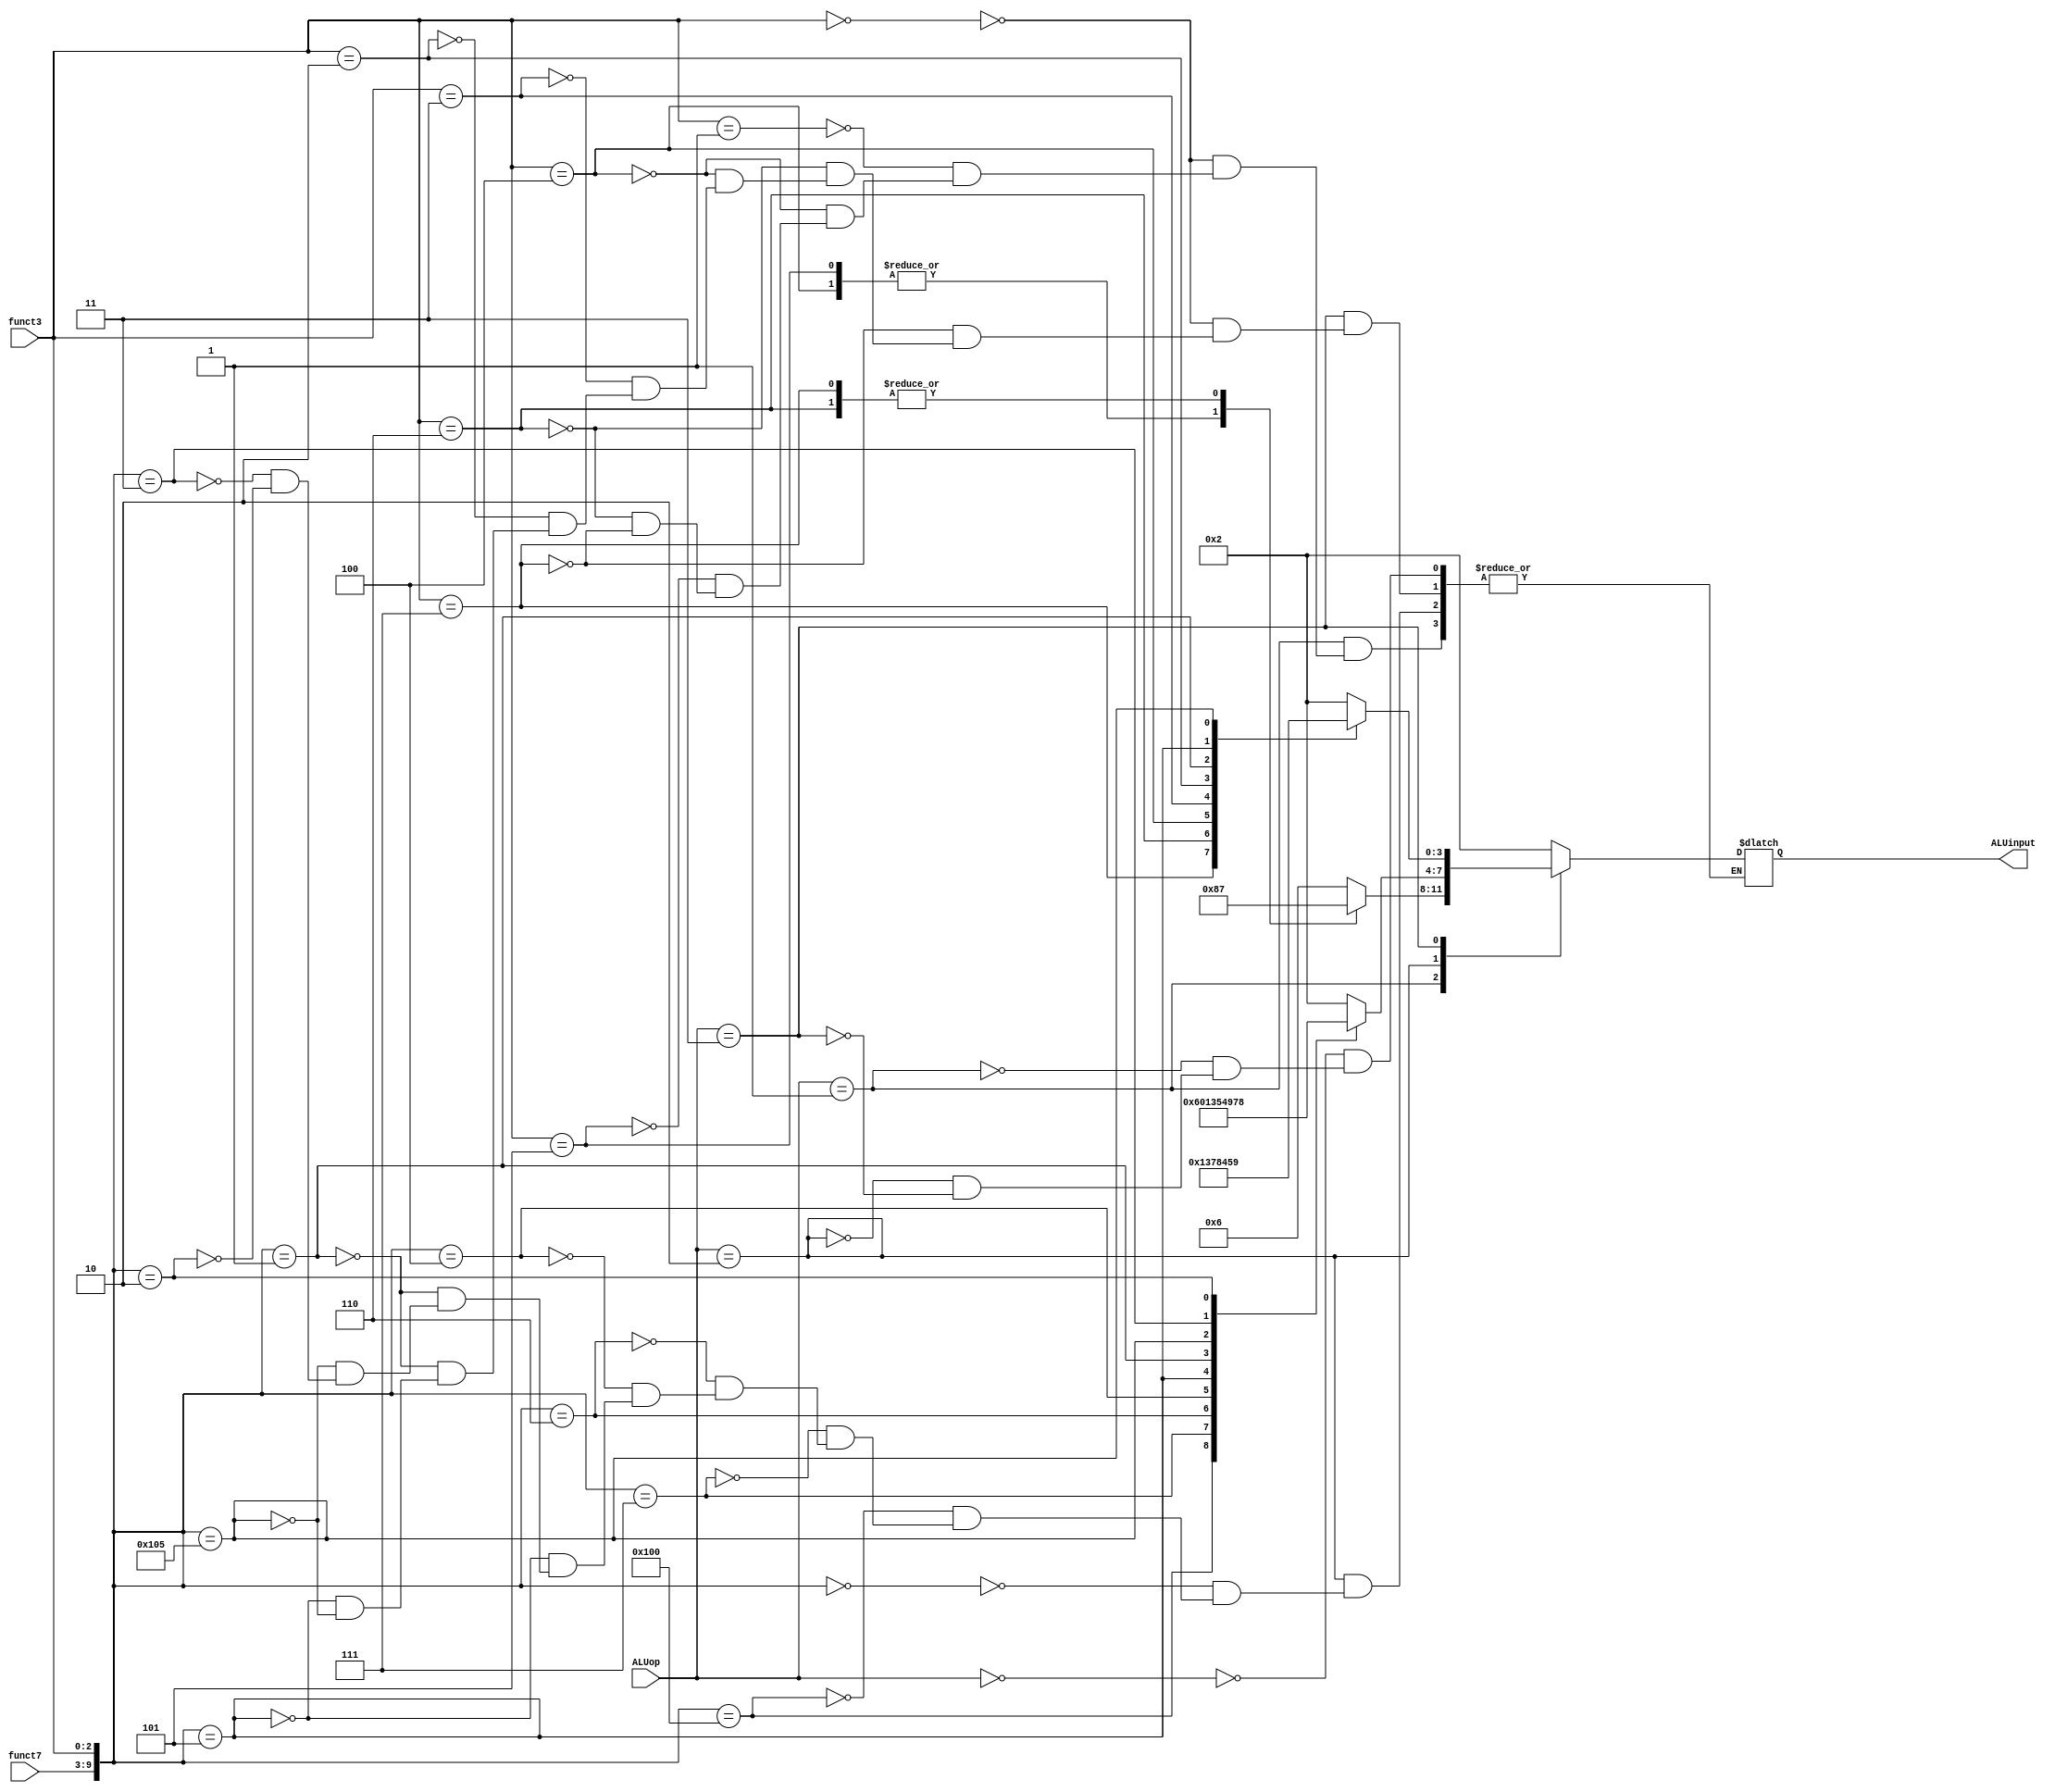
`timescale 1ns / 1ps
//////////////////////////////////////////////////////////////////////////////////
// Company: 
// Engineer: 
// 
// Design Name: 
// Module Name: ALUcontrol
// Project Name: 
// Target Devices: 
// Tool Versions: 
// Description: 
// 
// Dependencies: 
// 
// Revision:
// Revision 0.01 - File Created
// Additional Comments:
// 
//////////////////////////////////////////////////////////////////////////////////


module ALUcontrol(input [1:0] ALUop, input[6:0] funct7,
                  input [2:0] funct3, output reg [3:0] ALUinput);
                  
    always @(ALUop or funct7 or funct3)begin
        case (ALUop)
        2'b00: ALUinput <= 4'b0010; //ld sd
        2'b01: begin
            case (funct3)
                3'b000: ALUinput <= 4'b0110; //beq
                3'b001: ALUinput <= 4'b0110; //bne
                3'b100: ALUinput <= 4'b1000; //blt
                3'b101: ALUinput <= 4'b1000; //bge
                3'b110: ALUinput <= 4'b0111; //bltu
                3'b111: ALUinput <= 4'b0111; //bgeu
            endcase
        end
        2'b10: begin
            case ({funct7,funct3})
                10'b0000000000: ALUinput <= 4'b0010; //add
                10'b0100000000: ALUinput <= 4'b0110; //sub
                10'b0000000111: ALUinput <= 4'b0000; //and
                10'b0000000110: ALUinput <= 4'b0001; //or
                10'b0000000100: ALUinput <= 4'b0011; //xor
                10'b0000000101: ALUinput <= 4'b0101; //srl
                10'b0000000001: ALUinput <= 4'b0100; //sll
                10'b0100000101: ALUinput <= 4'b1001; //sra
                10'b0000000011: ALUinput <= 4'b0111; //sltu
                10'b0000000010: ALUinput <= 4'b1000; //slt
            endcase
        end
        2'b11: begin
            casex({funct7,funct3})
                10'bxxxxxxx000: ALUinput <= 4'b0010; //addi
                10'bxxxxxxx111: ALUinput <= 4'b0000; //andi
                10'bxxxxxxx110: ALUinput <= 4'b0001; //ori
                10'bxxxxxxx100: ALUinput <= 4'b0011; //xori
                10'bxxxxxxx011: ALUinput <= 4'b0111; //sltiu
                10'bxxxxxxx010: ALUinput <= 4'b1000; //slti
                10'b0000000001: ALUinput <= 4'b0100; //slli
                10'b0000000101: ALUinput <= 4'b0101; //srli
                10'b0100000101: ALUinput <= 4'b1001; //srai
                
            endcase    
            end
        endcase
    end
endmodule